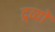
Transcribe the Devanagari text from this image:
द्र्व्यों